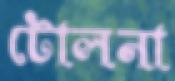
টোলনা